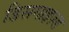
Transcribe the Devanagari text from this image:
डिसगाइज़्ड